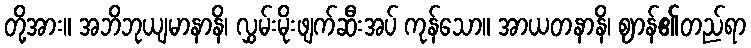
တို့အား။ အဘိဘုယျမာနာနိ၊ လွှမ်းမိုးဖျက်ဆီးအပ် ကုန်သော။ အာယတနာနိ၊ ဈာန်၏တည်ရာ